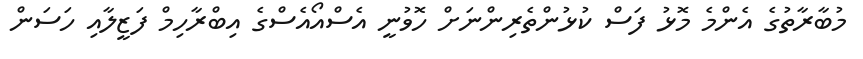
މުބާރާތުގެ އެންމެ މޮޅު ފަސް ކުޅުންތެރިންނަށް ހޮވުނީ އެސްއޯއެސްގެ އިބްރާހިމް ފަޒީލާއި ހަސަން